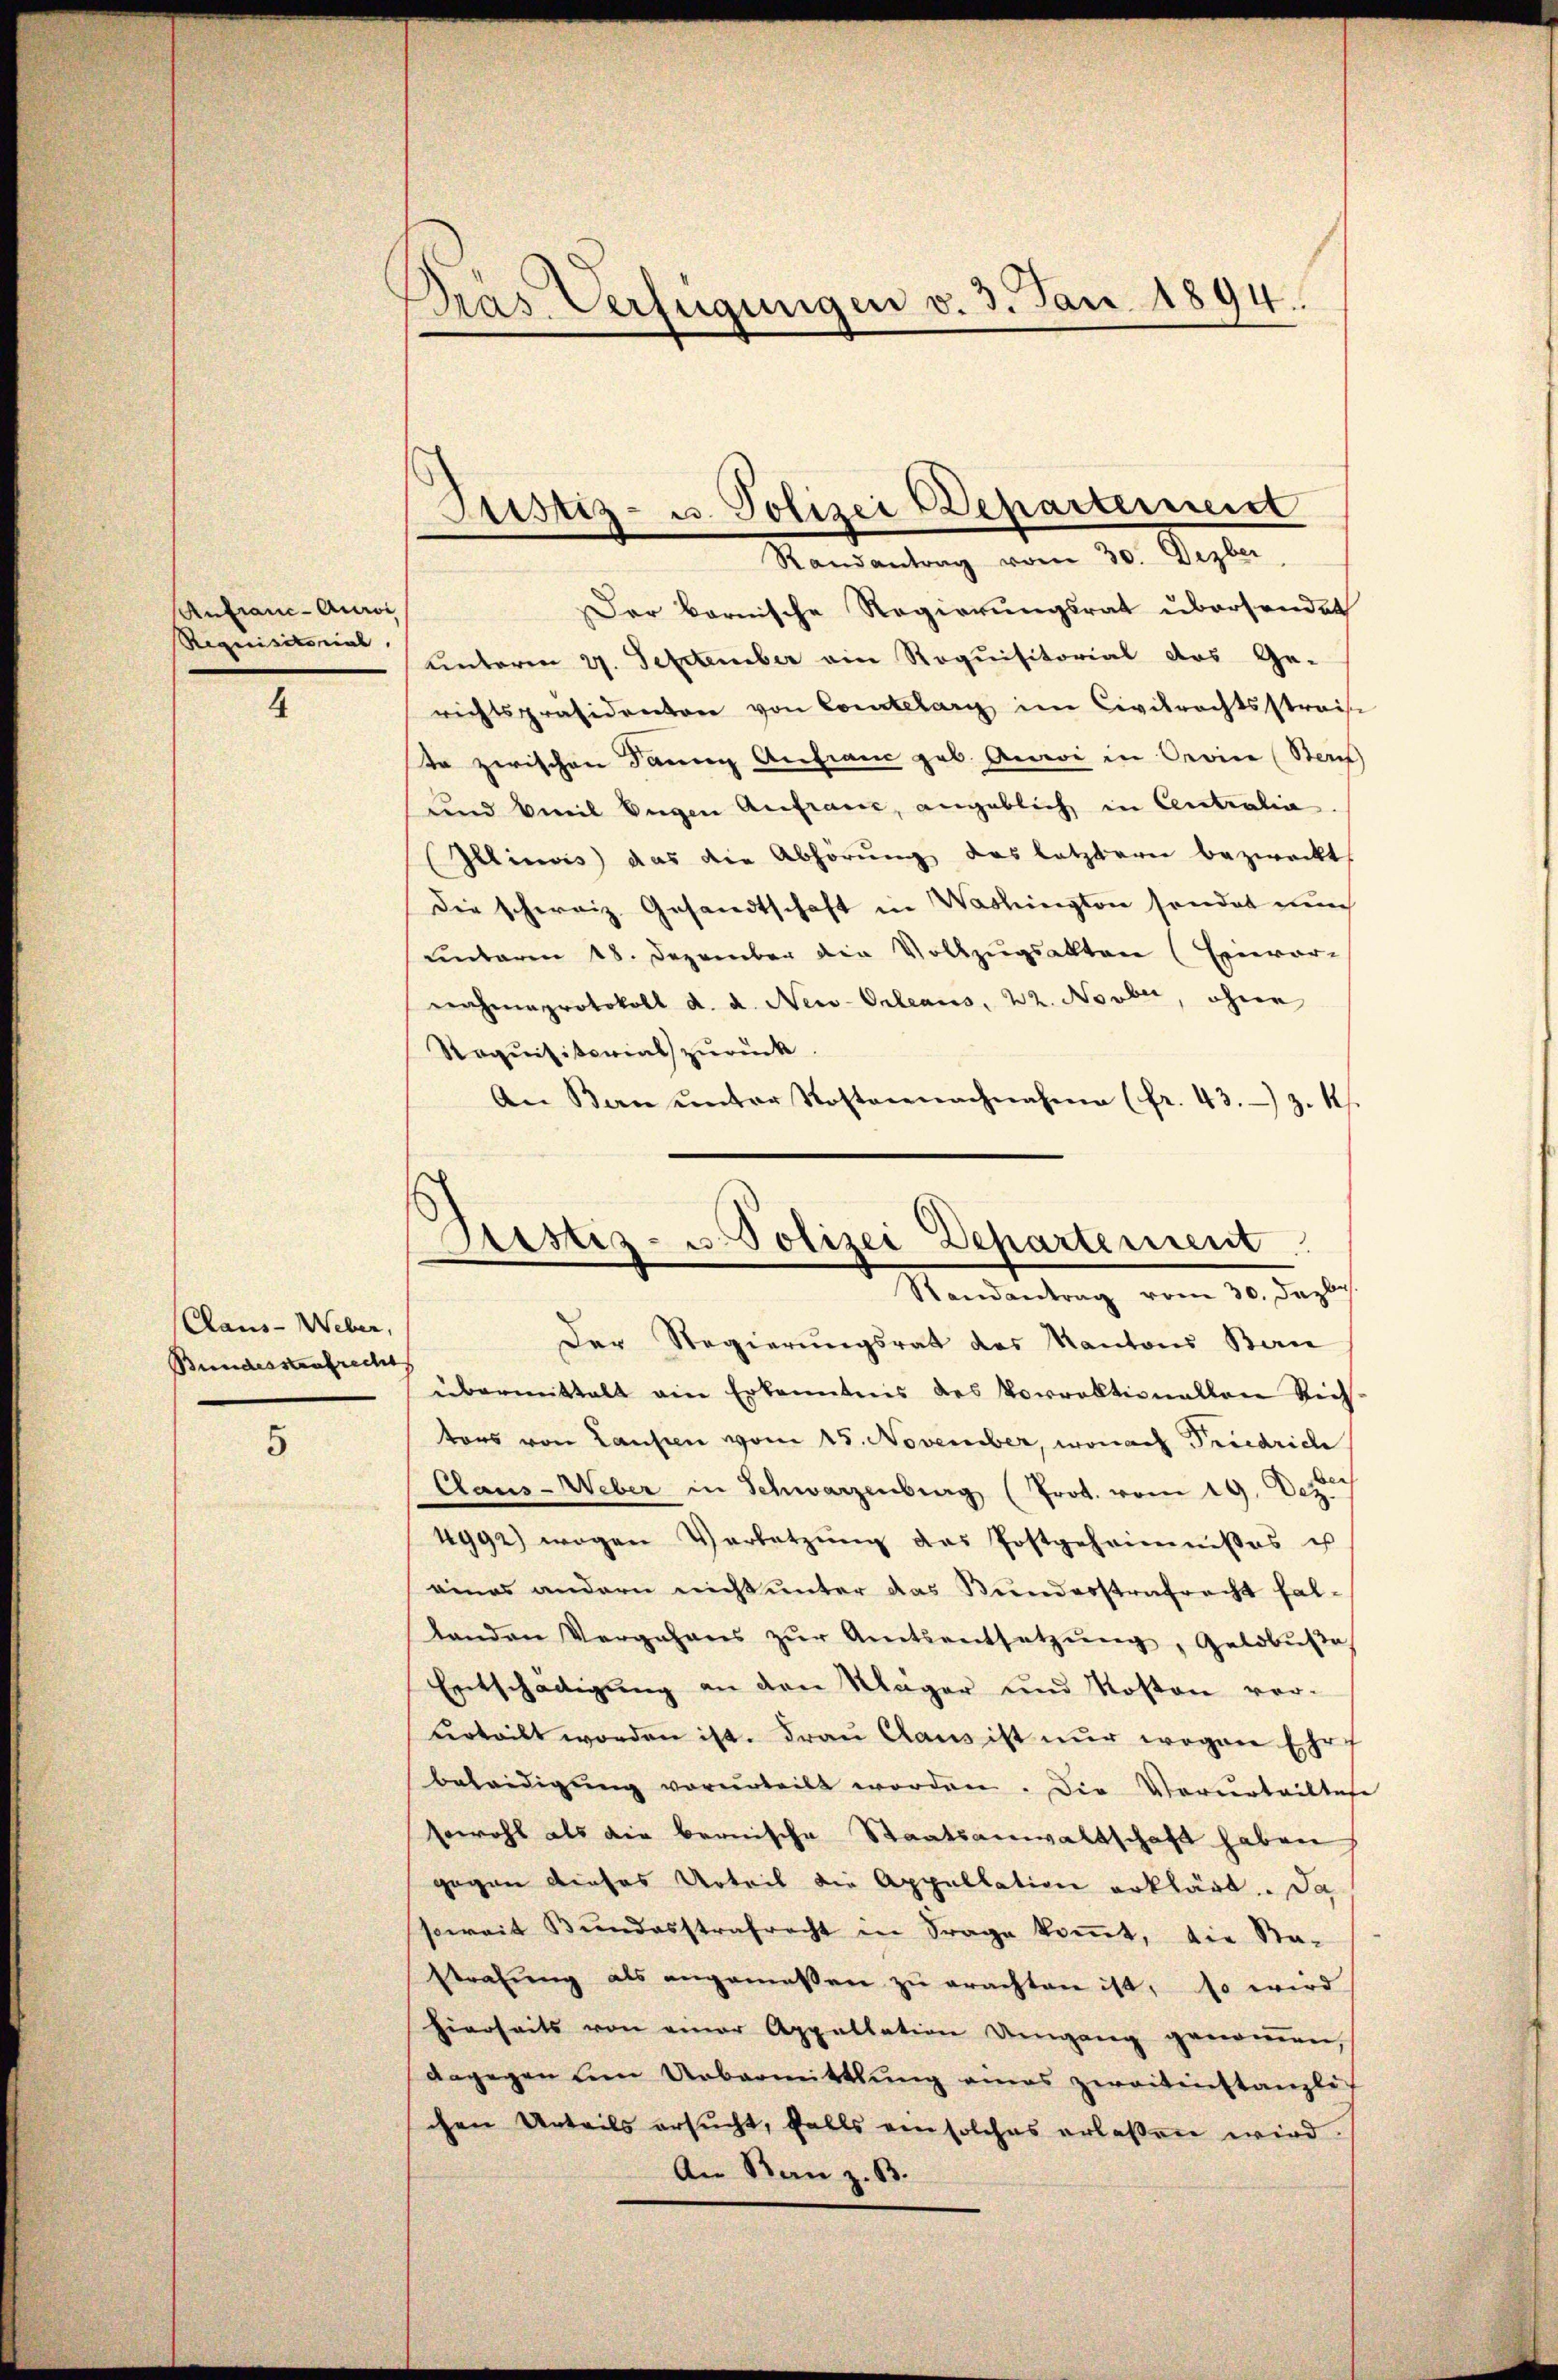
Anfranc-Auroi
Requisitorial,

4

Claus- Weber,
Bundesstrafrecht

5

Dräs Verfügungen v. 3. Jan. 1894.

Justiz- u. Polizei Departermeist
Randantrag vom 30. Dezbr.

Der Bornische Regierungsrat übersendet
unterm 27. September ain Roquisitorial das Ge-
richtspräsidentare von Courtelary im Civilrechtsstraise
te zwischen Sanen Anfrau geb. Anwi in Oevic (Stern
und weil Eugen Anfraue, angeblich in Centralia
Illinois das die Abhörung das letztern bezweckt
Die schweiz. Gesandtschaft in Washington sonder nun
unterm 18. Dezember die Vollzugsakten (Einver-
nahmeprotokoll d. d. New-Orleans, 22. Novber, ohne
Roquisitorial zurück.
An Bern ŭnter Kostennachnahme (fr. 43. Z. 11.
Der Regierungsrat des Kantons Ban
übermittelt ein Erkanntnis des Vorrektionallen Rich-
tors von Laufen vom 15. November, wonach Friedrich
Caus-Weber in Schwarzenberg (Prot. vom 19. Dez.
4992) wegen Verletzŭng des Postgeheimnisses us
eines andern nicht unter das Bundesstrafrecht faltanden Vergehens zŭr Amtsentsetzŭng, Geldbŭβe
Entschädigung an den Mäger und Kosten vorurteilt worden ist. Frau Claus ist nur wegen Ehrf
belredigung vorurteilt worden. Die Verurteiltete
sowohl als die bernische Staatsanwaltschaft haben
gegen dieses Urteil die Appellation erklärt. Da
soweit Bŭndesstrafrecht in Frage koṁt, die Sta-
strafung als angemeßen zu erachten ist, so wird
hierseits von einer Appellation Umgang genoṁen,
dagegen um Uebermittlung eines zweitenstanzlichen Urteils ersŭcht, falls ein solches erlassen wird.
An Ban z. B.

Aristiz- u. Polizei Departement
Randantrag vom 30. Dezbr.